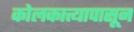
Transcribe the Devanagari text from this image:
कोलकात्त्यापासून